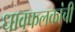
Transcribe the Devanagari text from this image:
धावफलकांची